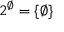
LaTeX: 2 ^ { \varnothing } = \{ \varnothing \}